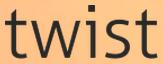
twist